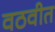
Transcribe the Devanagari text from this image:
वठवीत